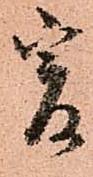
爰